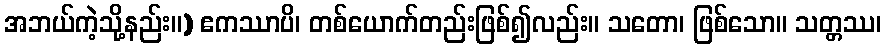
အဘယ်ကဲ့သို့နည်း။) ဧကဿာပိ၊ တစ်ယောက်တည်းဖြစ်၍လည်း။ သတော၊ ဖြစ်သော။ သတ္တဿ၊